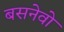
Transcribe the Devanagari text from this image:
बसनेवो